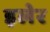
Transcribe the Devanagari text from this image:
इलेर